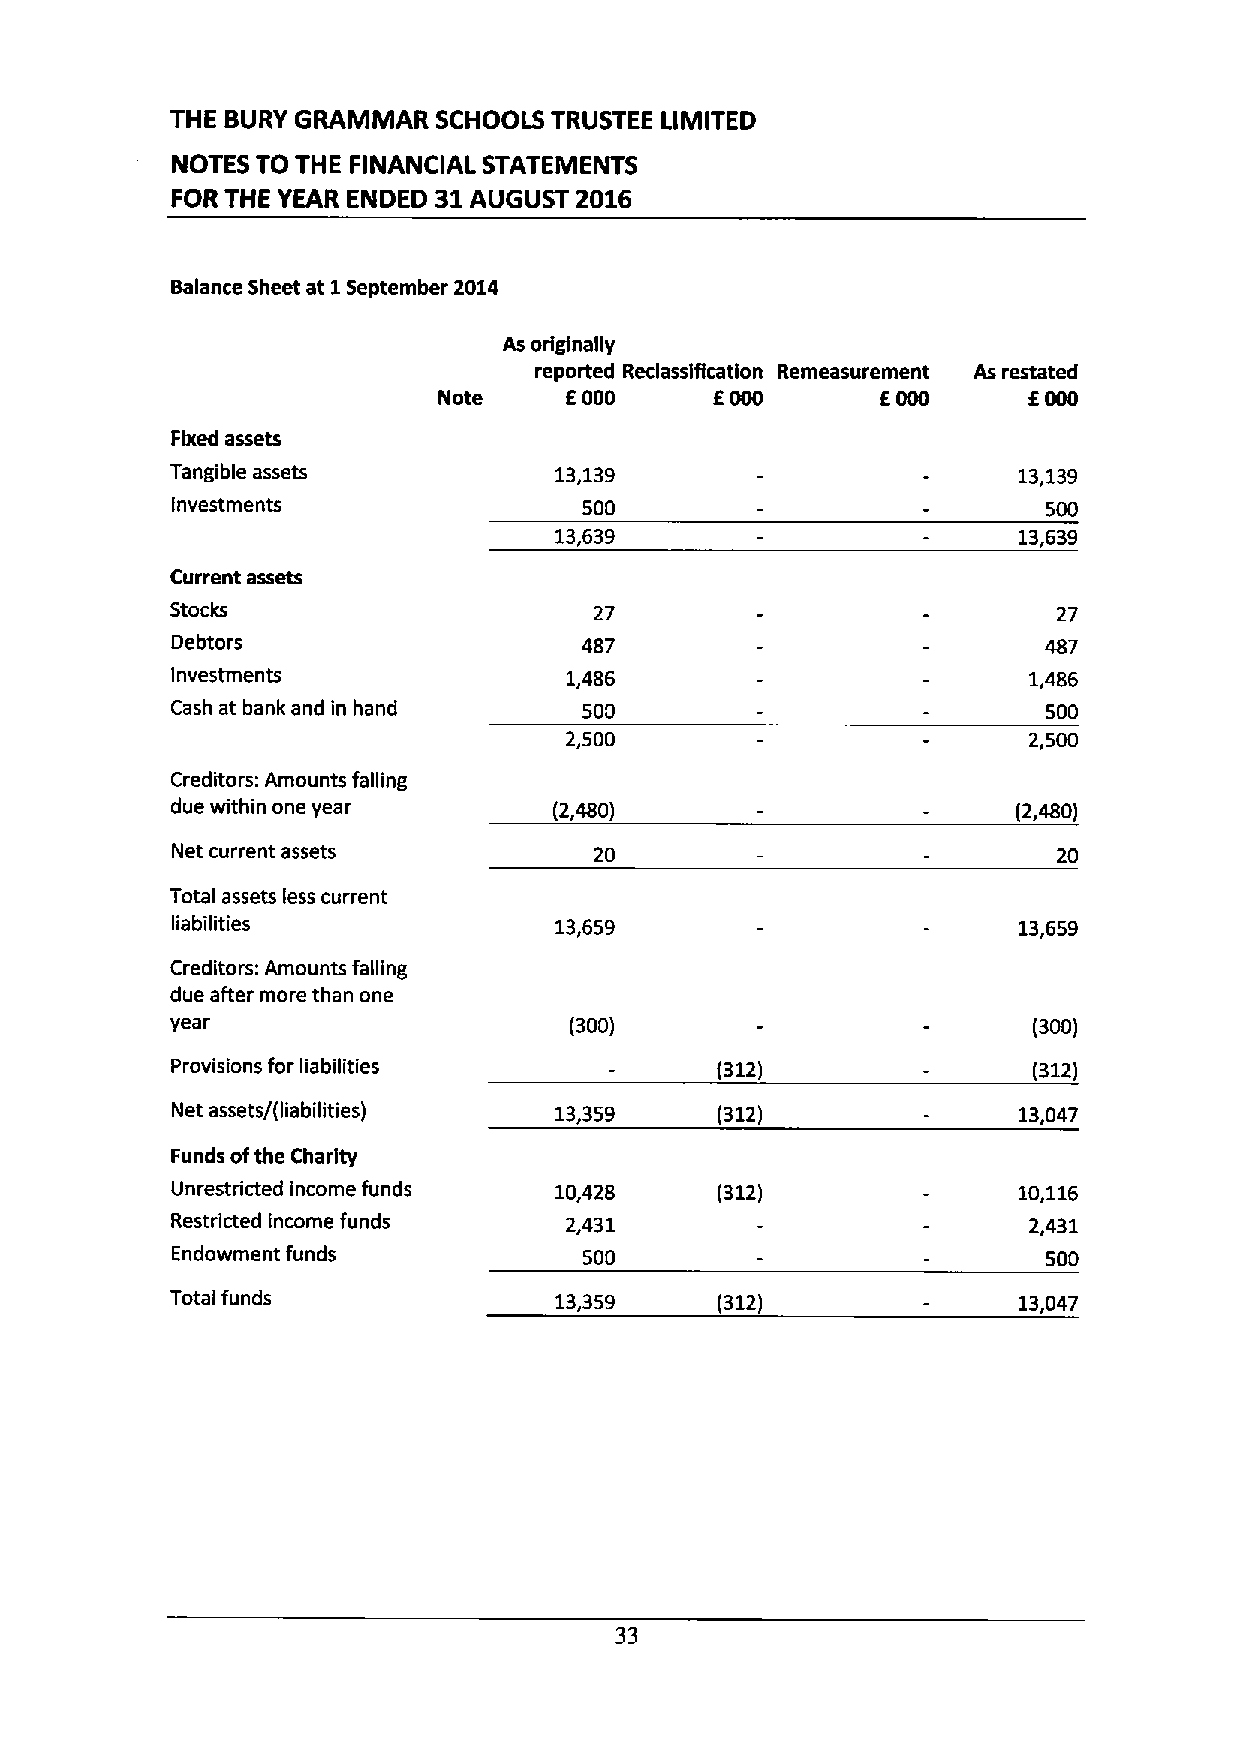
THE BURY GRAMMAR  SCHOOLS TRUSTEE LIMITED
 NOTES TO THE FINANCIAL STATEMENTS
 FOR THE YEAR ENDED 31 AUGUST 2016
 Balance Sheet at 1September 2014
 As originally
 reported ReclasslRcation Remeasurement As restated
 Note    E000      E000       E000      E000
 Fixed assets
 Tangible assets           13,139                        13,139
 Investments                 500                           500
 13,639                        13,639
 Current assets
 Stocks                      27                             27
 Debtors                    487                            487
 investments               1,486                          1,486
 Cash at bank and in hand    500                           500
 2,500                          2,500
 Creditors: Amounts falling
 due within one year       (2,480)                       (2,480)
 Net current assets          20                             20
 Total assets less current
 liabilities               13,659                        13,659
 Creditors: Amounts falling
 due after more than one
 year                       (300)                         (300)
 Provisions for liabilities          (312)                (312)
 Net assets/(liabilities)  13,359    (312)               13,047
 Funds ofthe Charity
 Unrestricted income funds 10,428    (312)               10,116
 Restricted income funds   2,431                          2,431
 Endowmentfunds              500                           500
 Totalfunds                13,359    (312)               13,047
 33